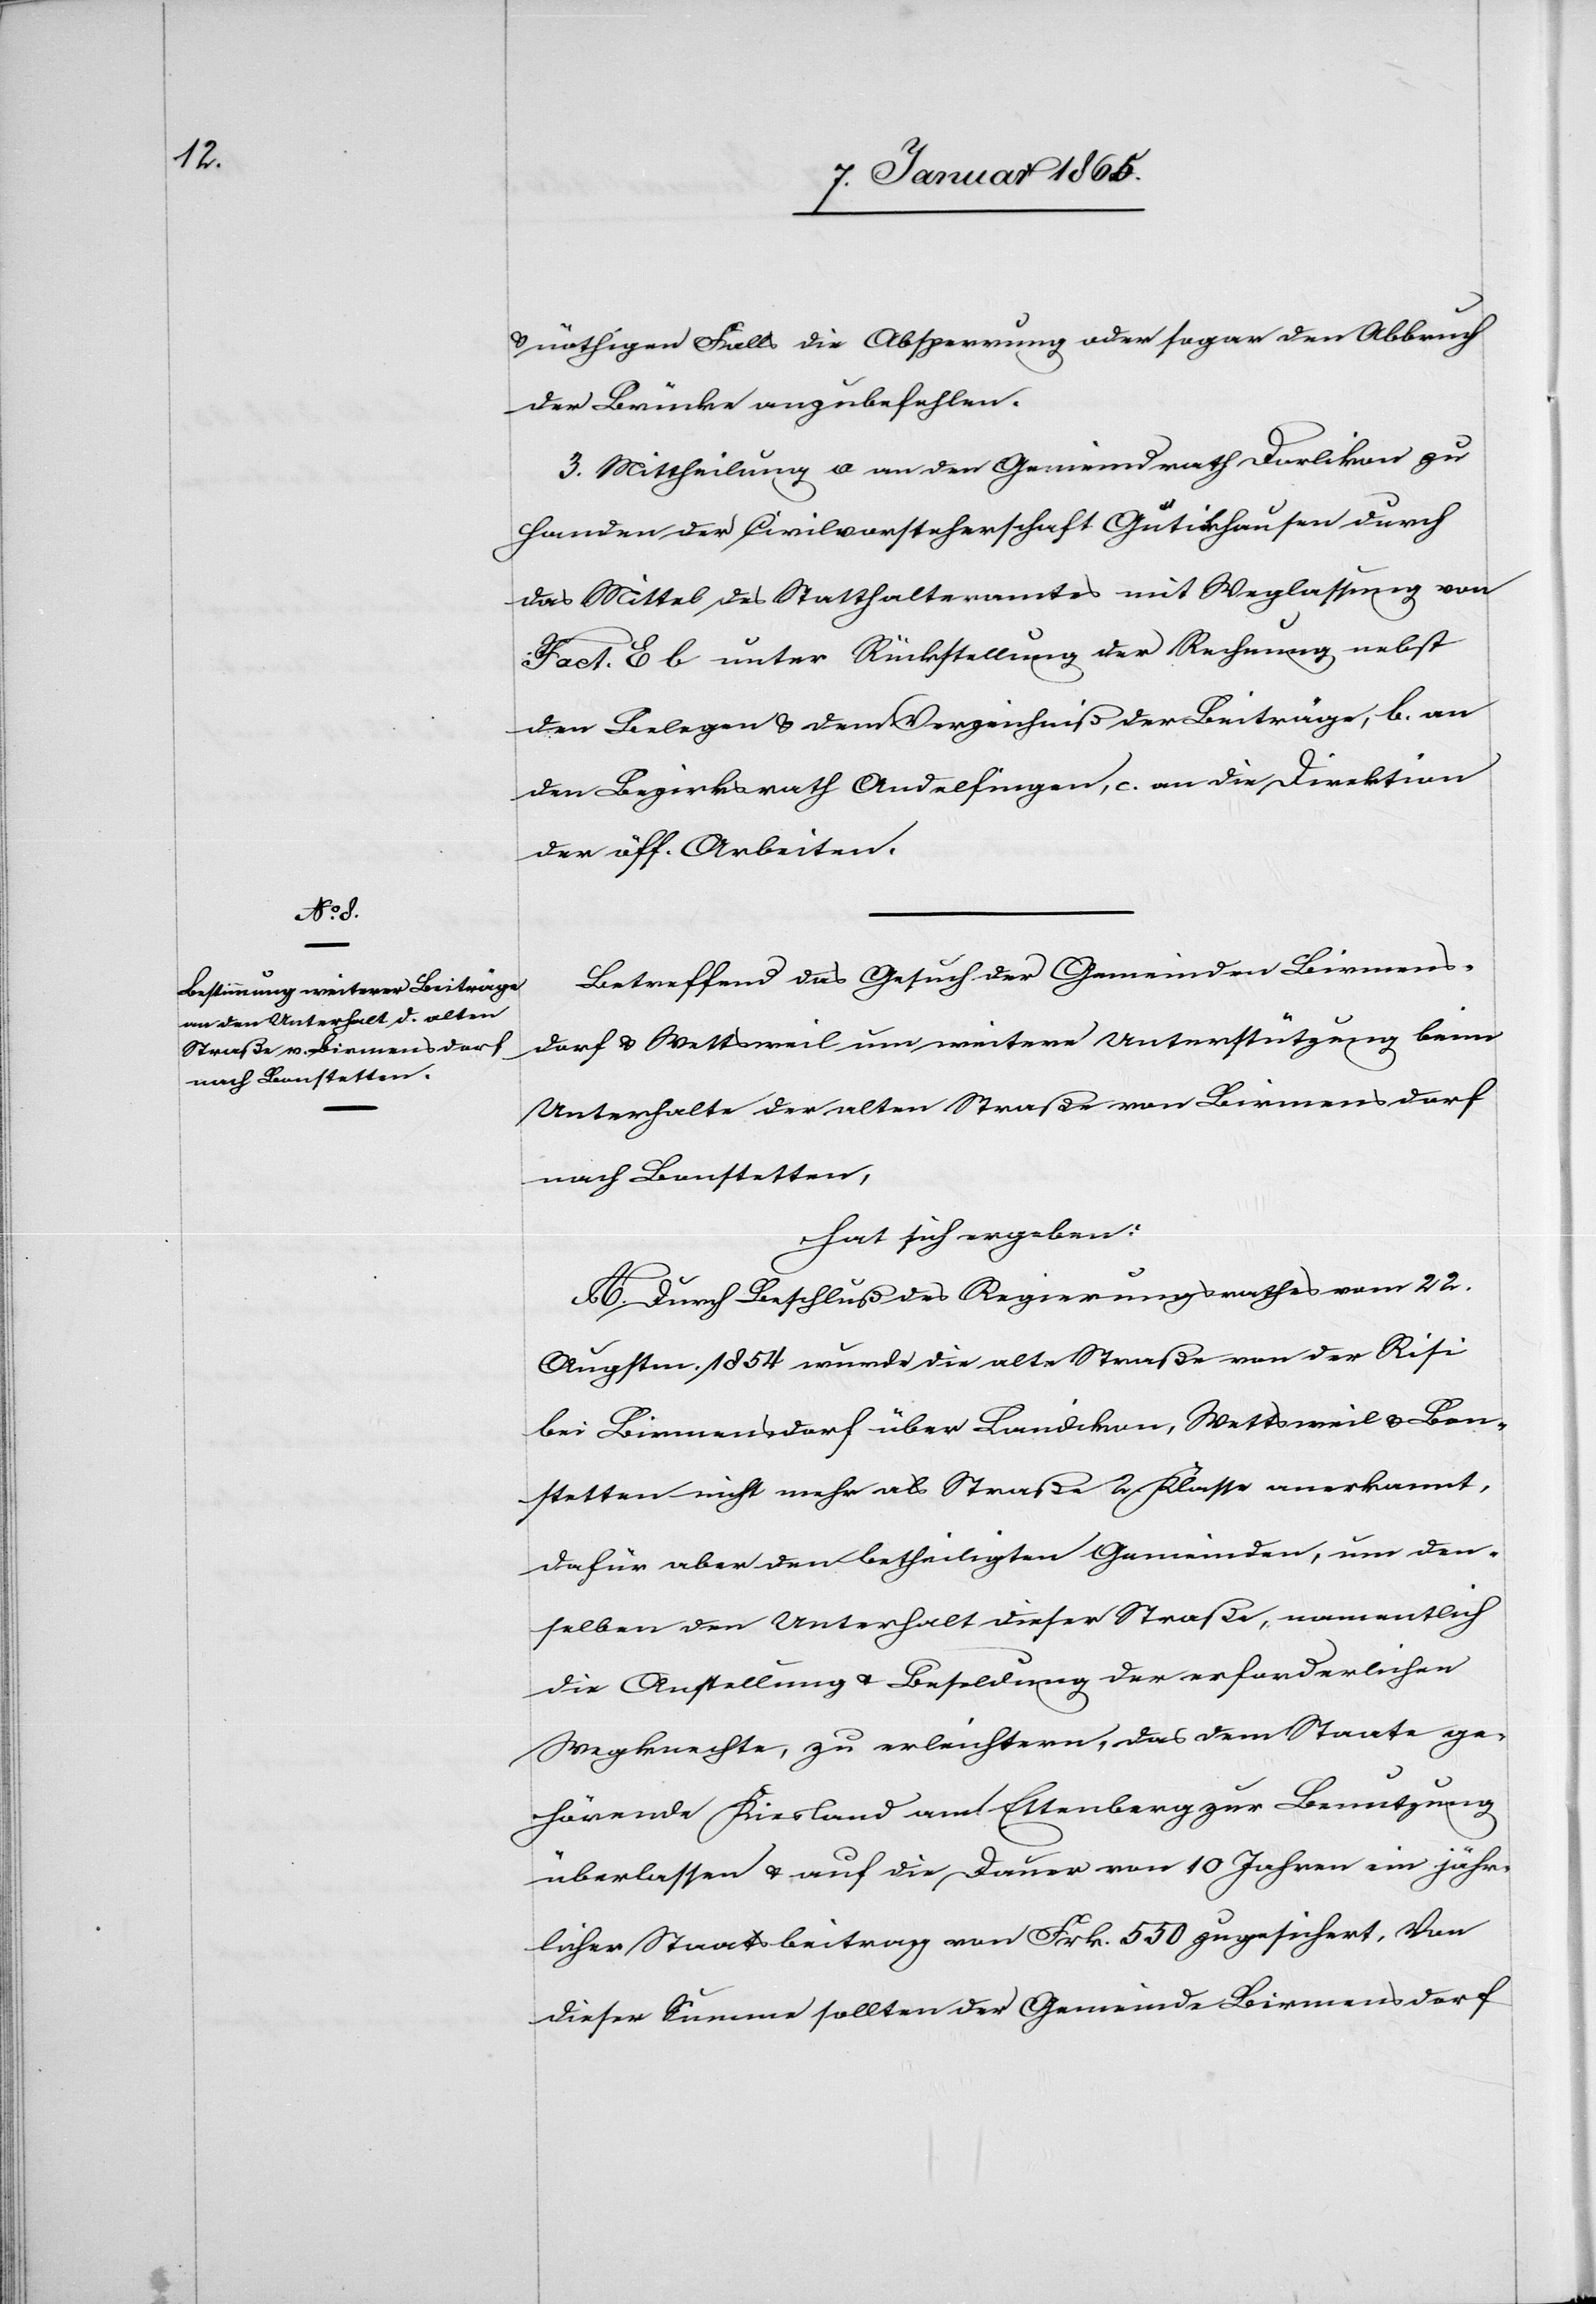
u. nöthigen Falls die Absperrung oder sogar den Abbruch
der Brücke anzubefehlen.
3. Mittheilung a an den Gemeindrath Dorlikon zu
Handen der Civilvorsteherschaft Gütikhausen durch
das Mittel des Statthalteramtes mit Weglassung von
Fact. E b unter Rückstellung der Rechnung nebst
den Belegen u. dem Verzeichniß der Beiträge, b. an
den Bezirksrath Andelfingen, c. an die Direktion
der öff. Arbeiten.
Betreffend das Gesuch der Gemeinden Birmens¬
dorf u. Wettsweil um weitere Unterstützung beim
Unterhalte der alten Straße von Birmensdorf
nach Bonstetten,
hat sich ergeben:
A. Durch Beschluß des Regierungsrathes vom 22.
Augsten 1854 wurde die alte Straße von der Risi
bei Birmensdorf über Landikon, Wettsweil u. Bon¬
stetten nicht mehr als Straße 2. Klasse anerkannt,
dafür aber den betheiligten Gemeinden, um den¬
selben den Unterhalt dieser Straße, namentlich
die Anstellung u. Besoldung der erforderlichen
Wegknechte, zu erleichtern, das dem Staate ge¬
hörende Kiesland am Ettenberg zur Benutzung
überlassen u. auf die Dauer von 10 Jahren ein jähr¬
licher Staatsbeitrag von Frk. 550 zugesichert. Von
dieser Summe sollten der Gemeinde Birmensdorf